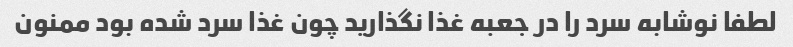
لطفا نوشابه سرد را در جعبه غذا نگذارید چون غذا سرد شده بود ممنون